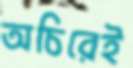
অচিরেই